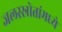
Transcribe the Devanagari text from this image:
जलस्स्रोतांमध्ये